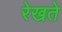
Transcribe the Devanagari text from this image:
रेखते